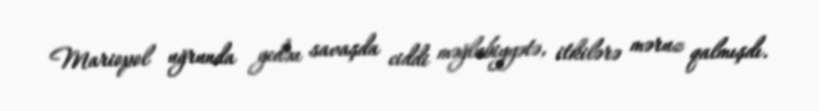
Mariopol uğrunda gedən savaşda ciddi məğlubiyyətə, itkilərə məruz qalmışdı.